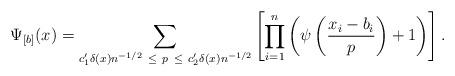
LaTeX: \begin{align*}\Psi_{[b]}(x) =\sum_{c_1' \delta(x) n^{-1/2} \ \leq \ p \ \leq \ c_2'\delta(x) n^{-1/2}}\left[\prod_{i=1}^n \left( \psi\left(\frac{x_i-b_i}{p}\right) + 1\right)\right].\end{align*}